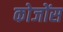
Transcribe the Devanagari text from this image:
कोजोंस